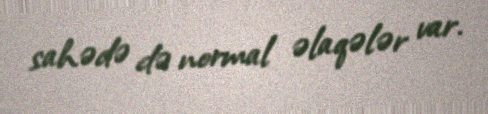
sahədə də normal əlaqələr var.